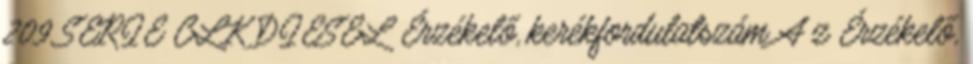
209 SERIE CLK DIESEL Érzékelő, kerékfordulatszám A z Érzékelő,